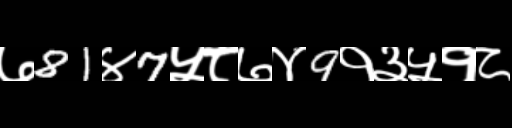
Text: ७81४7५८७४9१३५१८